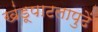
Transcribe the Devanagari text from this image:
खंडूपाटलापुढें